Madras plague regulations in force outside the Presidency town - Volume 1
Disease focus: Plague
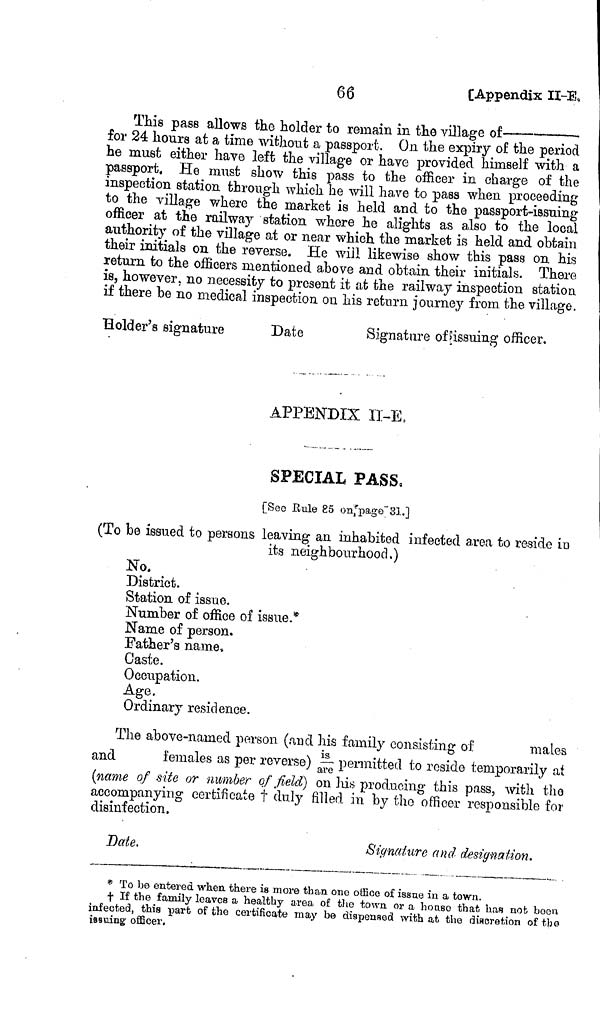
66
[Appendix II-E,
This pass allows the holder to remain in the village of
for 24 hours at a time without a passport. On the expiry of the period
he must either have left the village or have provided himself with a
passport. He must show this pass to the officer in charge of the
inspection station through which he will have to pass when proceeding
to the village where the market is held and to the passport-issuing
officer at the railway station whore he alights as also to the local
authority of the village at or near which the market is held and obtain
their initials on the reverse. He will likewise show this pass on his
return to the officers mentioned above and obtain their initials. There
is, however, no necessity to present it at the railway inspection station
if there be no medical inspection on his return journey from the village.
Holder's signature
Date
Signature of issuing officer.
APPENDIX 1T-E.
SPECIAL PASS,
[See Rule 85 on page 31.]
(To be issued to persons leaving an inhabited infected area to reside in
its neighbourhood.)
No.
District.
Station of issue.
Number of office of issue.*
Name of person.
Father's name,
Caste.
Occupation.
Age.
Ordinary residence.
The above-named person (and his family consisting of
males
and
females as per reverse) is permitted to reside temporarily at
are
(name of site or number of field) on his producing this pass, with the
accompanying certificate † duly filled in by the officer responsible for
disinfection.
Date.
Signature and designation.
* To bo entered when there is more than one office of issue in a town.
† If the family leaves a healthy area of the town or a house that has nob boon
infected, this part of the certificate may be dispensed with at the discretion of the
issuing officer.